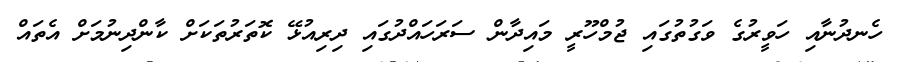
ހެނދުނާއި ހަވީރުގެ ވަގުތުގައި ޖުމްހޫރީ މައިދާން ސަރަހައްދުގައި ދިރިިއުޅޭ ކޮތަރުތަަކަށް ކާންދިނުމަށް އެތައް